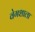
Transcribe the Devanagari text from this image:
वेगशाला